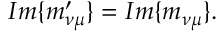
I m \{ m _ { \nu \mu } ^ { \prime } \} = I m \{ m _ { \nu \mu } \} .